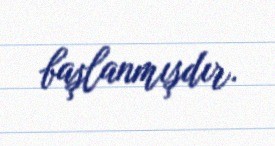
başlanmışdır.